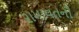
રામાવતની